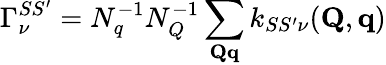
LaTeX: \Gamma_{\nu}^{SS^{\prime}}=N_{q}^{-1}N_{Q}^{-1}\sum_{\mathbf{Q}\mathbf{q}}k_{SS^{\prime}\nu}(\mathbf{Q},\mathbf{q})